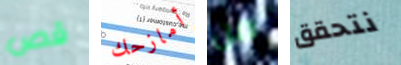
قص أمازحك من نتحقق